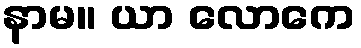
နာမ။ ယာ လောကေ